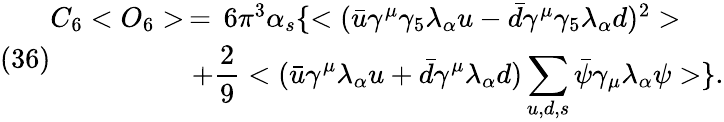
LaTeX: (36)\begin{array}{ll}{{C_{6}<O_{6}>\, =\, 6\pi^{3}\alpha_{s}\{ <({\bar{u}}\gamma^{\mu}\gamma_{5}\lambda_{\alpha}u-{\bar{d}}\gamma^{\mu}\gamma_{5}\lambda_{\alpha}d)^{2}>}}\\ {{\; \; \; \; \; \; \; \; \; \; \; \; \; \; \; \; \; \; +\displaystyle{\frac{2}{9}<({\bar{u}}\gamma^{\mu}\lambda_{\alpha}u+{\bar{d}}\gamma^{\mu}\lambda_{\alpha}d)\sum_{u,d,s}{\bar{\psi}}\gamma_{\mu}\lambda_{\alpha}\psi>\} }.}}\end{array}